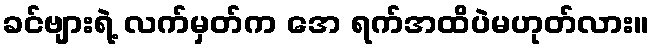
ခင်ဗျားရဲ့ လက်မှတ်က အေ ရက်အထိပဲမဟုတ်လား။